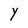
Character: Y